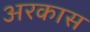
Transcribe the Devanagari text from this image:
अरकास